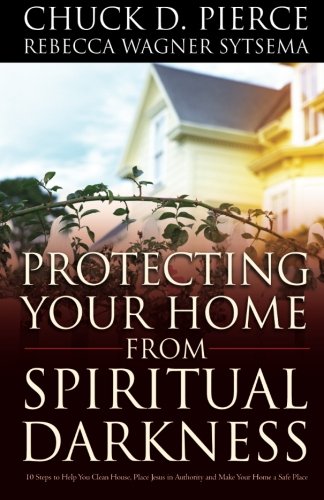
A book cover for Protecting Your Home from Spiritual Darkness; Chuck D. Pierce; Christian Books & Bibles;